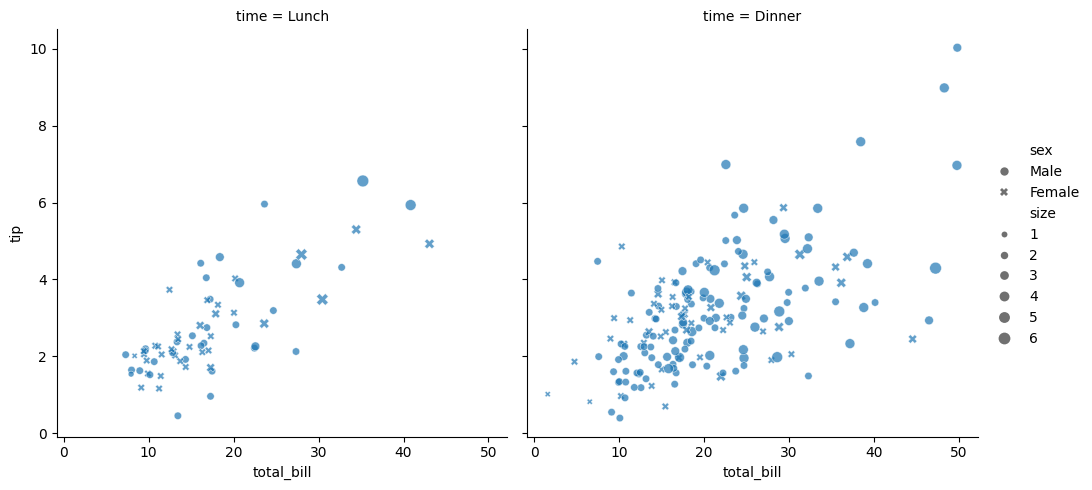
python, seaborn, relplot, alpha=0.7